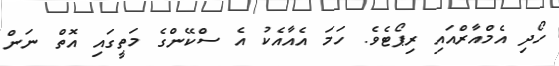
ހޯދި އެމްއާރްއައި ރިޕޯޓެވެ. ހަމަ އެއާއެކު އެ ސްކޭންގެ މަތީގައި އޮތް ނަން